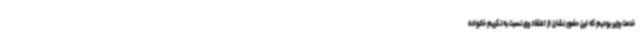
خدمت وزیر بودیم که این حضور نشان از اعتقاد وی نسبت به تکریم خانواده